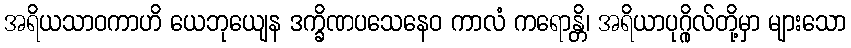
အရိယသာဝကာဟိ ယေဘုယျေန ဒက္ခိဏပသေနေဝ ကာလံ ကရောန္တိ၊ အရိယာပုဂ္ဂိုလ်တို့မှာ များသော